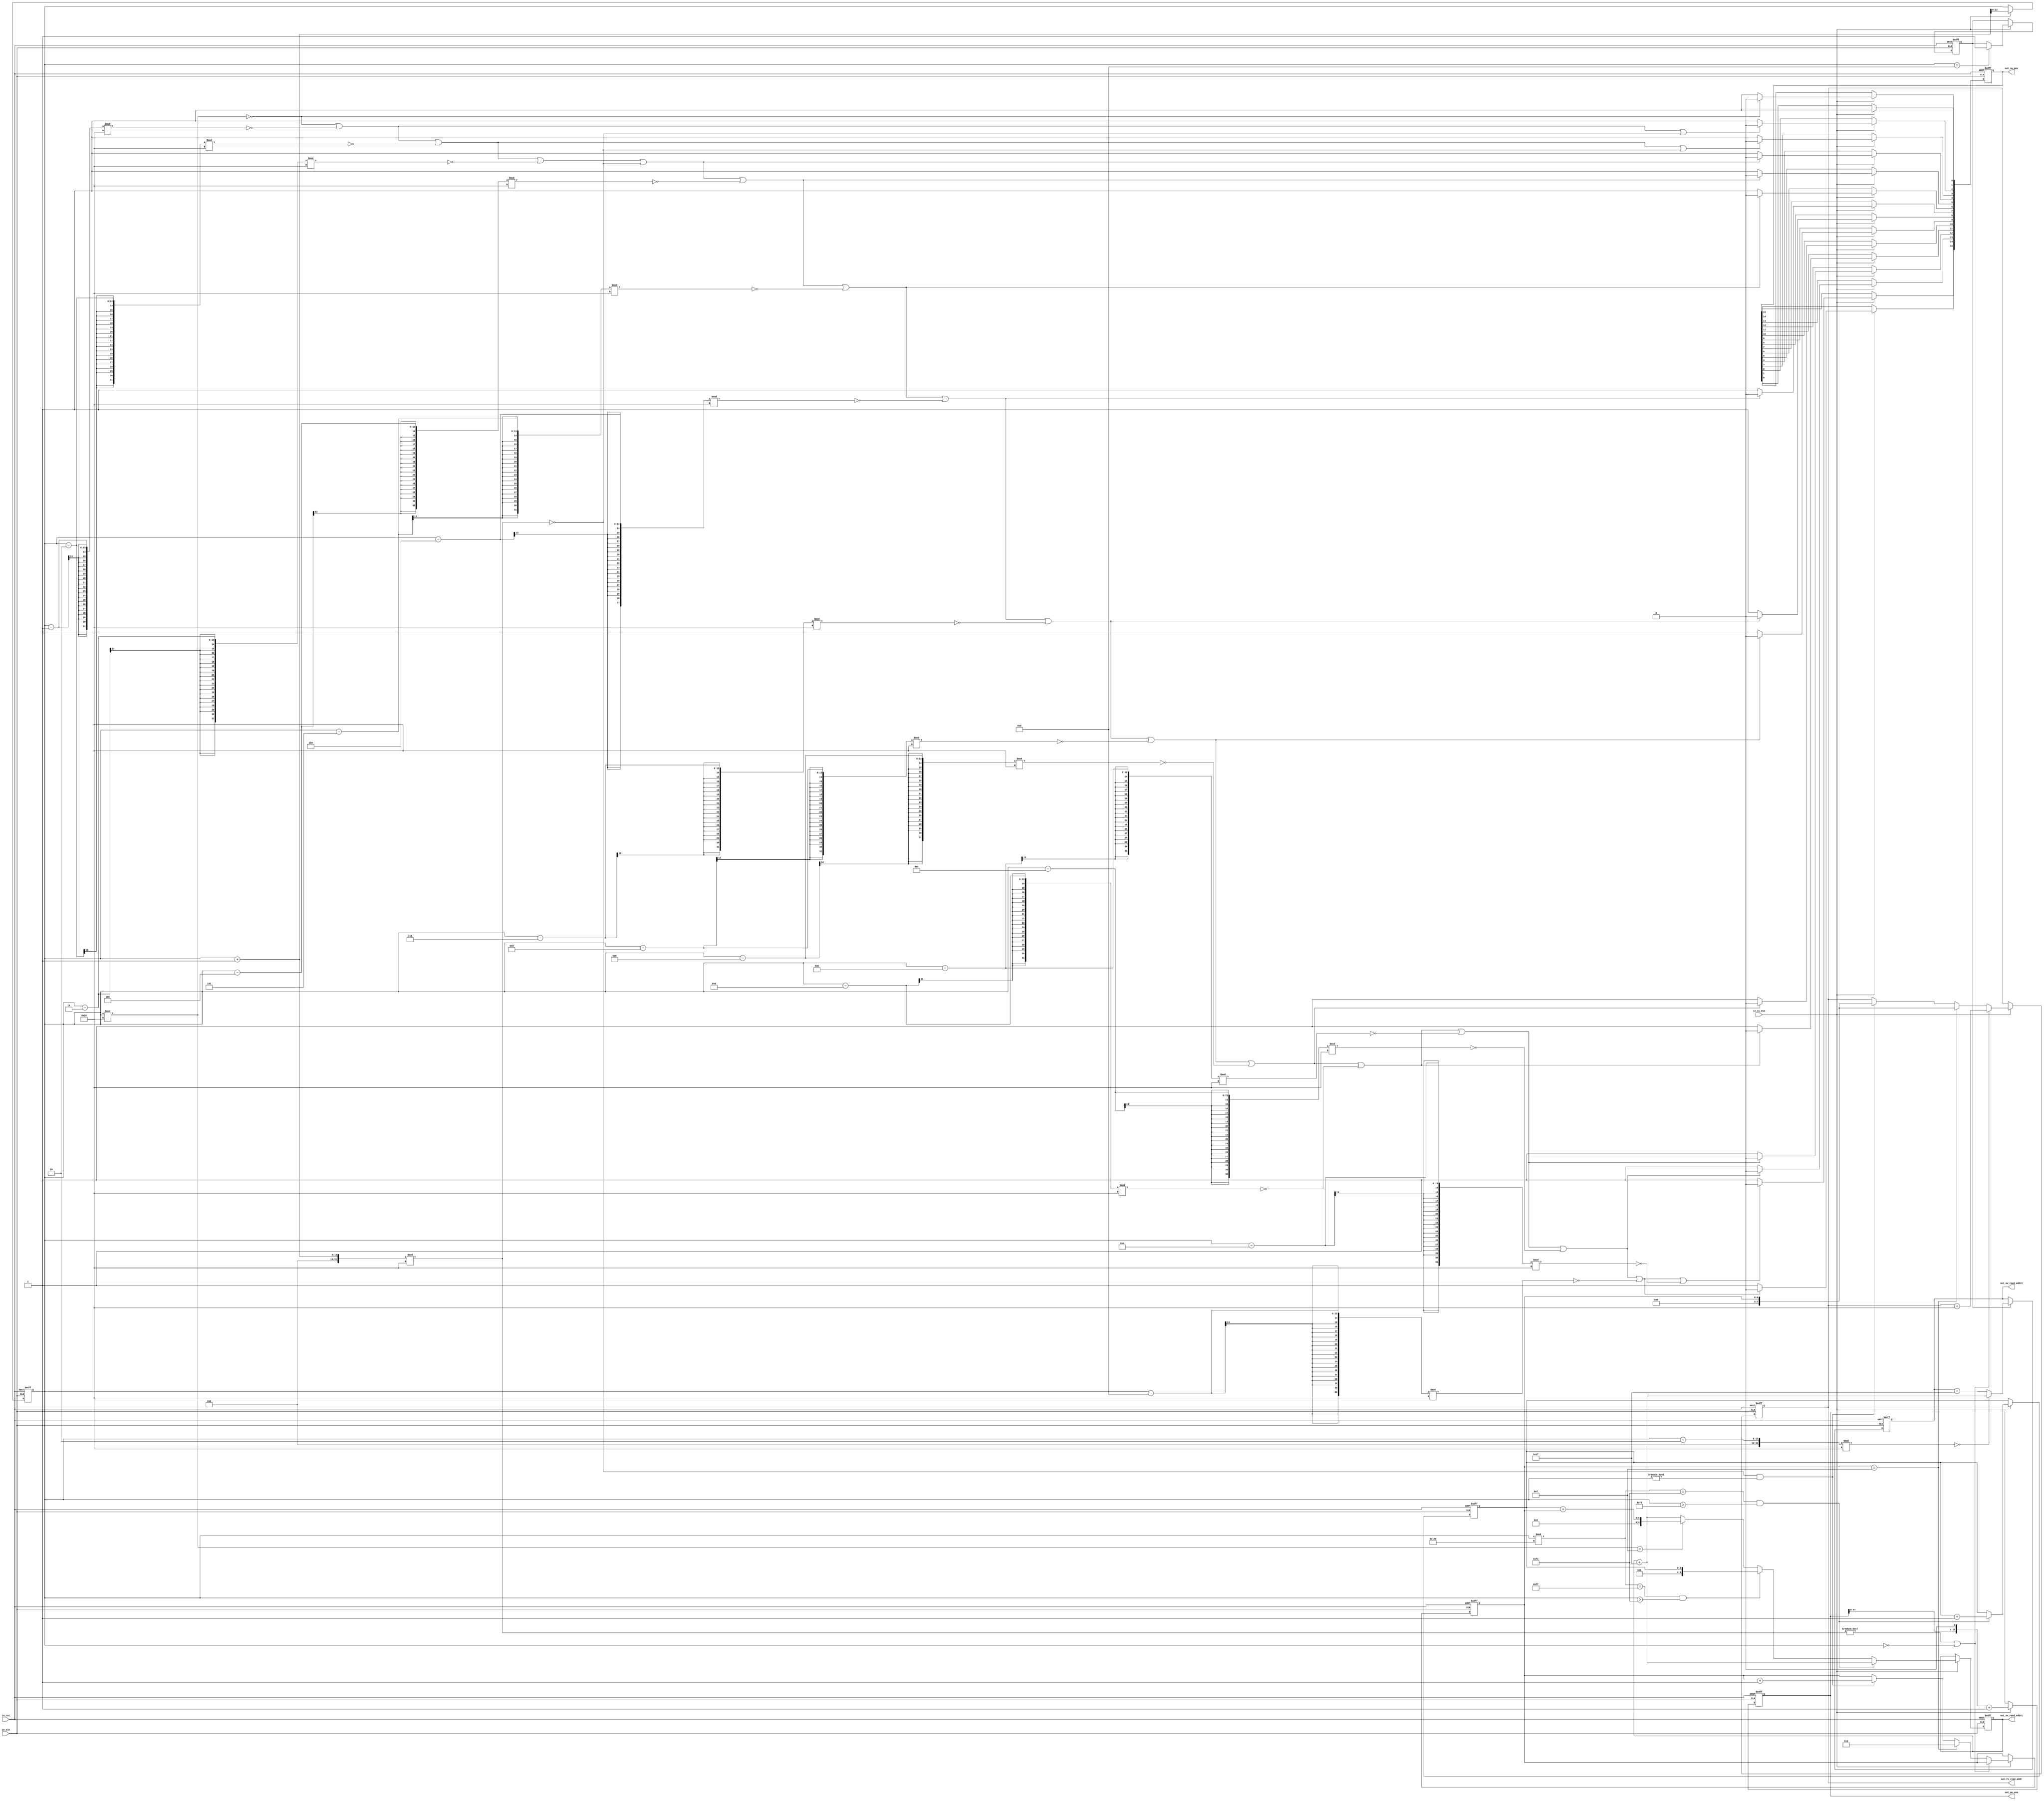
`timescale 1ns / 1ps

module ControlUnit
    #(parameter DATA_WIDTH = 8,
				SW_MEMORY_DEPTH = 961,
				RB_MEMORY_DEPTH = 256,
				PE_COUNT = 16,
				CU_COUNTER_WIDTH = 13
	)
	(
	input in_clk,
	input in_rst,
	input in_cu_ena, // Control unit enable signal
	
	//DATAPATH INTERFACE BEGIN
	output reg [PE_COUNT-1:0] out_sw_mux, // Output to switch mux
	output reg [PE_COUNT-1:0] out_pe_ena, // Output to PE enable
	//DATAPATH INTERFACE END
	
	//REFERENCE BLOCK INTERFACE BEGIN
	output reg [$clog2(RB_MEMORY_DEPTH)-1:0] out_rb_read_addr, // Reference block read address
	//REFERENCE BLOCK INTERFACE END
	
	//SEARCH WINDOW INTERFACE BEGIN
	output reg [$clog2(SW_MEMORY_DEPTH)-1:0] out_sw_read_addr1, // Search window read address 1
	output reg [$clog2(SW_MEMORY_DEPTH)-1:0] out_sw_read_addr2 // Search window read address 2
	//SEARCH WINDOW INTERFACE END
	
	);
	
	// INTERNAL REGISTERS BEGIN
	reg [CU_COUNTER_WIDTH-1:0] cu_counter; // Control unit counter
	reg port2_triggered;                   // Flag for triggering port 2
	reg [4:0] rb_row_index;                // Reference block row index
	reg [3:0] new_frame_control;           // New frame control signal
	// INTERNAL REGISTERS END
	
	// COUNTER FOR THE CONTROL UNIT BEGIN
	always @(posedge in_clk or posedge in_rst)begin
		if(in_rst)begin
			cu_counter <= 0;
		end
		else begin
			if(in_cu_ena)begin
				cu_counter <= cu_counter + 1;
			end
		end
	end
	// COUNTER FOR THE CONTROL UNIT END
	
	//REFERENCE BLOCK READ ADDRES POINTER BEGIN
	always @(posedge in_clk or posedge in_rst)begin
		if(in_rst)begin
			out_rb_read_addr <= 0;
			rb_row_index <= 1;
		end
		else begin
			if(in_cu_ena)begin
				if(out_rb_read_addr == RB_MEMORY_DEPTH)begin // Check if address reaches max depth
					out_rb_read_addr <= 0;
				end
				else begin
					if((cu_counter+1)%16 != 0 || cu_counter == 0)begin
						out_rb_read_addr <= out_rb_read_addr + 16;
					end
					else begin
						if(rb_row_index == 15)begin
							rb_row_index <= 0;
							out_rb_read_addr <= rb_row_index;
						end
						else if((cu_counter+1) % 16 == 0 && cu_counter != 0)begin
							rb_row_index <= rb_row_index + 1;
							out_rb_read_addr <= rb_row_index;
						end
					end
				end

			end	
		end
	end
	//REFERENCE BLOCK READ ADDRES POINTER END
	
	
	// SEARCH WINDOW ADDRESS 1 CONTROL BEGIN	
	always @(posedge in_clk or posedge in_rst)begin
		if(in_rst)begin
			out_sw_read_addr1 <= 0;
			port2_triggered <= 0;
			new_frame_control <= 0;
		end
		else begin
			if(in_cu_ena)begin
				if (cu_counter % 256 == 254 && cu_counter > 253) begin // New frame control
					new_frame_control <= new_frame_control + 1;
					out_sw_read_addr1 <= out_sw_read_addr1 + 31;		
				end
				else if(cu_counter % 256 == 255 && cu_counter > 254)begin
					out_sw_read_addr1 <= new_frame_control;
				end
				else if (cu_counter % 16 == 15) begin
					out_sw_read_addr1 <= new_frame_control + rb_row_index; // Starting address of the new row
				end 
				else begin
					out_sw_read_addr1 <= out_sw_read_addr1 + 31; // 31 increments on the same row
				end
				
				// Trigger port 2 after 13 clock cycles to enable reading from the second search window
				if(cu_counter == 13)begin
				    port2_triggered <= 1'b1; 
				end
			end	
		end
	end
	// SEARCH WINDOW ADDRESS 1 CONTROL END
	
	// SEARCH WINDOW READ ADDRESS 2 CONTROL BEGIN
	always @(posedge in_clk or posedge in_rst)begin
		if(in_rst)begin
			out_sw_read_addr2 <= 0;
		end
		else begin
			if(port2_triggered)begin
				// Offset address 2 if port 2 is triggered and within valid range (0-14)
				if((cu_counter+2)%16 == 0) begin
					out_sw_read_addr2 <= out_sw_read_addr1 + 31; 
				end
				// Otherwise, use the same address as out_sw_read_addr1
				else begin
					out_sw_read_addr2 <= out_sw_read_addr2 + 31;
				end
			end
	   end
	end
	// SEARCH WINDOW READ ADDRESS 2 CONTROL END
	
	
	// PE ENABLE SCHEDULE BEGIN
	always @(posedge in_clk or posedge in_rst)begin
		if(in_rst)begin
			out_pe_ena <= 16'b0;
		end
		else begin
			if(in_cu_ena)begin
                out_pe_ena <= (out_pe_ena << 1) + 1;
            end
		end
	end
	// PE ENABLE SCHEDULE END
	


    always @(posedge in_clk or posedge in_rst) begin
        if (in_rst) begin
            out_sw_mux <= 16'b0;
        end else begin
            if (in_cu_ena) begin
                // PE0 SWMUX SCHEDULE BEGIN
                out_sw_mux[0] <= 1'b1;
                // PE0 SWMUX SCHEDULE END
                
                // PE1 SWMUX SCHEDULE BEGIN
                if(cu_counter % 16 == 0) begin
                    out_sw_mux[1] <= 1'b0;    
                end else begin
                    out_sw_mux[1] <= 1'b1;
                end
                // PE1 SWMUX SCHEDULE END
                
                // PE2 SWMUX SCHEDULE BEGIN
                if(cu_counter    % 16 == 0 || (cu_counter-1) % 16 == 0 || 
				  (cu_counter+1) % 16 == 0) 
				begin
                    out_sw_mux[2] <= 1'b0;    
                end 
				else begin
                    out_sw_mux[2] <= 1'b1;
                end
                // PE2 SWMUX SCHEDULE END
                
                // PE3 SWMUX SCHEDULE BEGIN
                if(cu_counter    % 16 == 0 || (cu_counter-1) % 16 == 0 || 
				  (cu_counter-2) % 16 == 0 || (cu_counter+1) % 16 == 0) 
				begin
                    out_sw_mux[3] <= 1'b0;    
                end 
				else begin
                    out_sw_mux[3] <= 1'b1;
                end
                // PE3 SWMUX SCHEDULE END
                
                // PE4 SWMUX SCHEDULE BEGIN
                if(cu_counter    % 16 == 0 || (cu_counter-1) % 16 == 0 || 
				  (cu_counter-2) % 16 == 0 || (cu_counter-3) % 16 == 0 || 
				  (cu_counter+1) % 16 == 0) 
				begin
                    out_sw_mux[4] <= 1'b0;    
                end else begin
                    out_sw_mux[4] <= 1'b1;
                end
                // PE4 SWMUX SCHEDULE END
                
                // PE5 SWMUX SCHEDULE BEGIN
                if(cu_counter    % 16 == 0 || (cu_counter-1) % 16 == 0 || 
				  (cu_counter-2) % 16 == 0 || (cu_counter-3) % 16 == 0 || 
				  (cu_counter+1) % 16 == 0 || (cu_counter-4) % 16 == 0) 
				begin
                    out_sw_mux[5] <= 1'b0;    
                end 
				else begin
                    out_sw_mux[5] <= 1'b1;
                end
                // PE5 SWMUX SCHEDULE END
                
                // PE6 SWMUX SCHEDULE BEGIN
                if(cu_counter    % 16 == 0 || (cu_counter-1) % 16 == 0 || 
				  (cu_counter-2) % 16 == 0 || (cu_counter-3) % 16 == 0 || 
				  (cu_counter+1) % 16 == 0 || (cu_counter-4) % 16 == 0 || 
				  (cu_counter-5) % 16 == 0) 
				begin
                    out_sw_mux[6] <= 1'b0;    
                end else begin
                    out_sw_mux[6] <= 1'b1;
                end
                // PE6 SWMUX SCHEDULE END
                
                // PE7 SWMUX SCHEDULE BEGIN
                if(cu_counter    % 16 == 0 || (cu_counter-1) % 16 == 0 || 
				  (cu_counter-2) % 16 == 0 || (cu_counter-3) % 16 == 0 || 
				  (cu_counter+1) % 16 == 0 || (cu_counter-4) % 16 == 0 || 
				  (cu_counter-5) % 16 == 0 || (cu_counter-6) % 16 == 0) 
				begin
                    out_sw_mux[7] <= 1'b0;    
                end else begin
                    out_sw_mux[7] <= 1'b1;
                end
                // PE7 SWMUX SCHEDULE END
                
                // PE8 SWMUX SCHEDULE BEGIN
                if(cu_counter % 16    == 0 || (cu_counter-1) % 16 == 0 || 
				  (cu_counter-2) % 16 == 0 || (cu_counter-3) % 16 == 0 || 
				  (cu_counter+1) % 16 == 0 || (cu_counter-4) % 16 == 0 || 
				  (cu_counter-5) % 16 == 0 || (cu_counter-6) % 16 == 0 || 
				  (cu_counter-7) % 16 == 0) 
				begin
                    out_sw_mux[8] <= 1'b0;    
                end 
				else begin
                    out_sw_mux[8] <= 1'b1;
                end
                // PE8 SWMUX SCHEDULE END
                
                // PE9 SWMUX SCHEDULE BEGIN
                if(cu_counter    % 16 == 0 || (cu_counter-1) % 16 == 0 || 
				  (cu_counter-2) % 16 == 0 || (cu_counter-3) % 16 == 0 || 
				  (cu_counter+1) % 16 == 0 || (cu_counter-4) % 16 == 0 || 
				  (cu_counter-5) % 16 == 0 || (cu_counter-6) % 16 == 0 || 
				  (cu_counter-7) % 16 == 0 || (cu_counter-8) % 16 == 0) 
				begin
                    out_sw_mux[9] <= 1'b0;    
                end 
				else begin
                    out_sw_mux[9] <= 1'b1;
                end
                // PE9 SWMUX SCHEDULE END
                
                // PE10 SWMUX SCHEDULE BEGIN
                if(cu_counter    % 16 == 0 || (cu_counter-1) % 16 == 0 || 
				  (cu_counter-2) % 16 == 0 || (cu_counter-3) % 16 == 0 || 
				  (cu_counter+1) % 16 == 0 || (cu_counter-4) % 16 == 0 || 
				  (cu_counter-5) % 16 == 0 || (cu_counter-6) % 16 == 0 || 
				  (cu_counter-7) % 16 == 0 || (cu_counter-8) % 16 == 0 || 
				  (cu_counter-9) % 16 == 0) 
				begin
                    out_sw_mux[10] <= 1'b0;    
                end 
				else begin
                    out_sw_mux[10] <= 1'b1;
                end
                // PE10 SWMUX SCHEDULE END
                
                // PE11 SWMUX SCHEDULE BEGIN
                if(cu_counter    % 16 == 0 || (cu_counter-1) % 16 == 0 || 
				  (cu_counter-2) % 16 == 0 || (cu_counter-3) % 16 == 0 || 
				  (cu_counter+1) % 16 == 0 || (cu_counter-4) % 16 == 0 || 
				  (cu_counter-5) % 16 == 0 || (cu_counter-6) % 16 == 0 || 
				  (cu_counter-7) % 16 == 0 || (cu_counter-8) % 16 == 0 || 
				  (cu_counter-9) % 16 == 0 || (cu_counter-10) % 16 == 0) 
				begin
                    out_sw_mux[11] <= 1'b0;    
                end else begin
                    out_sw_mux[11] <= 1'b1;
                end
                // PE11 SWMUX SCHEDULE END
                
                // PE12 SWMUX SCHEDULE BEGIN
                if(cu_counter     % 16  == 0 || (cu_counter-1)  % 16  == 0 || 
				  (cu_counter-2)  % 16  == 0 || (cu_counter-3)  % 16  == 0 || 
				  (cu_counter+1)  % 16  == 0 || (cu_counter-4)  % 16  == 0 || 
				  (cu_counter-5)  % 16  == 0 || (cu_counter-6)  % 16  == 0 || 
				  (cu_counter-7)  % 16  == 0 || (cu_counter-8)  % 16  == 0 || 
				  (cu_counter-9)  % 16  == 0 || (cu_counter-10) % 16  == 0 || 
				  (cu_counter-11) % 16 == 0) 
				begin
                    out_sw_mux[12] <= 1'b0;    
                end 
				else begin
                    out_sw_mux[12] <= 1'b1;
                end
                // PE12 SWMUX SCHEDULE END
                
                // PE13 SWMUX SCHEDULE BEGIN
                if(cu_counter     % 16  == 0 || (cu_counter-1)   % 16 == 0 || 
				  (cu_counter-2)  % 16  == 0 || (cu_counter-3)   % 16 == 0 || 
				  (cu_counter+1)  % 16  == 0 || (cu_counter-4)   % 16 == 0 || 
				  (cu_counter-5)  % 16  == 0 || (cu_counter-6)   % 16 == 0 || 
				  (cu_counter-7)  % 16  == 0 || (cu_counter-8)   % 16 == 0 || 
				  (cu_counter-9)  % 16  == 0 || (cu_counter-10)  % 16 == 0 || 
				  (cu_counter-11) % 16  == 0 || (cu_counter-12) % 16 == 0) 
				begin
                    out_sw_mux[13] <= 1'b0;    
                end 
				else begin
                    out_sw_mux[13] <= 1'b1;
                end
                // PE13 SWMUX SCHEDULE END
                
                // PE14 SWMUX SCHEDULE BEGIN
                if(cu_counter     % 16 == 0  || (cu_counter-1)  % 16 == 0 || 
				  (cu_counter-2)  % 16 == 0  || (cu_counter-3)  % 16 == 0 || 
				  (cu_counter+1)  % 16 == 0  || (cu_counter-4)  % 16 == 0 || 
				  (cu_counter-5)  % 16 == 0  || (cu_counter-6)  % 16 == 0 || 
				  (cu_counter-7)  % 16 == 0  || (cu_counter-8)  % 16 == 0 || 
				  (cu_counter-9)  % 16 == 0  || (cu_counter-10) % 16 == 0 || 
				  (cu_counter-11) % 16 == 0  || (cu_counter-12) % 16 == 0 || 
				  (cu_counter-13) % 16 == 0) 
				begin
                    out_sw_mux[14] <= 1'b0;    
                end else begin
                    out_sw_mux[14] <= 1'b1;
                end
                // PE14 SWMUX SCHEDULE END
                
                // PE15 SWMUX SCHEDULE BEGIN
                if(cu_counter     % 16 == 0 || (cu_counter-1)  % 16 == 0 || 
				  (cu_counter-2)  % 16 == 0 || (cu_counter-3)  % 16 == 0 || 
				  (cu_counter+1)  % 16 == 0 || (cu_counter-4)  % 16 == 0 || 
				  (cu_counter-5)  % 16 == 0 || (cu_counter-6)  % 16 == 0 || 
				  (cu_counter-7)  % 16 == 0 || (cu_counter-8)  % 16 == 0 || 
				  (cu_counter-9)  % 16 == 0 || (cu_counter-10) % 16 == 0 || 
				  (cu_counter-11) % 16 == 0 || (cu_counter-12) % 16 == 0 || 
				  (cu_counter-13) % 16 == 0 || (cu_counter-14) % 16 == 0) 
				begin
                    out_sw_mux[15] <= 1'b0;
                end 
				else begin
                    out_sw_mux[15] <= 1'b1;
                end
                // PE15 SWMUX SCHEDULE END
            end    
        end
    end
endmodule